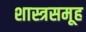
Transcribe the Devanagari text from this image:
शास्त्रसमूह